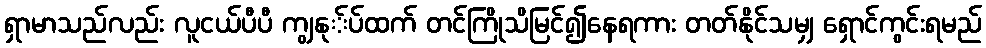
ရှာမာသည်လည်း လူငယ်ပီပီ ကျွနု်ပ်ထက် တင်ကြိုသိမြင်၍နေရကား တတ်နိုင်သမျှ ရှောင်ကွင်းရမည်